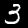
Digit: 3